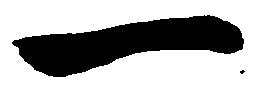
一